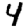
Digit: 4